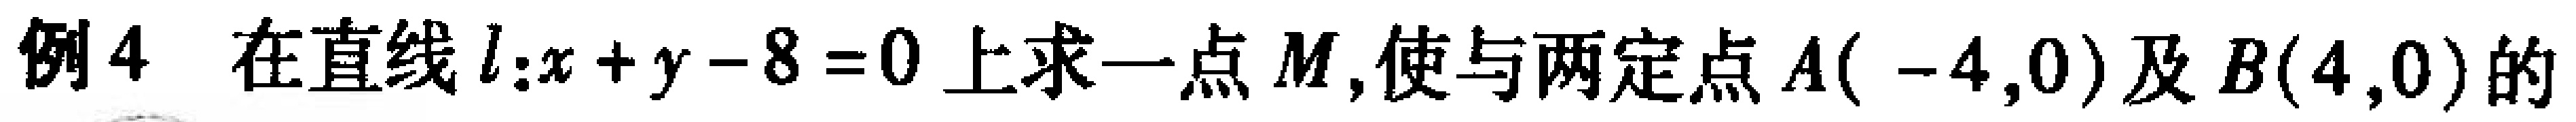
例4 在直线\(l:x + y - 8 = 0\)上求一点\(M\),使与两定点\(A(-4,0)\)及\(B(4,0)\)的